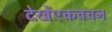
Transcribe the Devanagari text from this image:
देखेंएकवचन